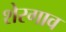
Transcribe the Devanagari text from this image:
शेरगाव